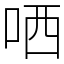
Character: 哂